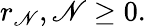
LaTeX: r_{\mathscr{N}},\mathscr{N}\geq0.